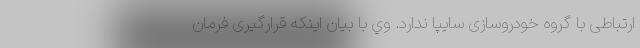
ارتباطی با گروه خودروسازی سایپا ندارد. وي با بيان اينكه قرارگيری فرمان